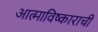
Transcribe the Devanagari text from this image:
आत्माविष्काराची